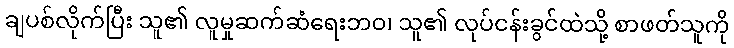
ချပစ်လိုက်ပြီး သူ၏ လူမှုဆက်ဆံရေးဘဝ၊ သူ၏ လုပ်ငန်းခွင်ထဲသို့ စာဖတ်သူကို